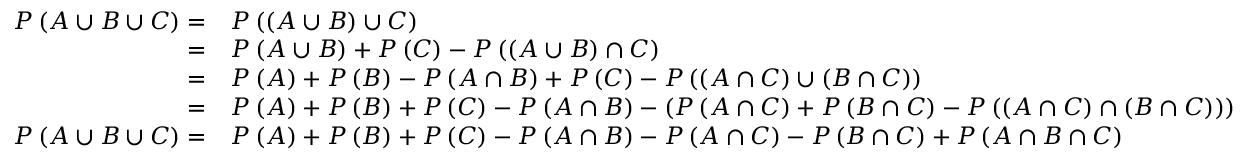
{ \begin{array} { r l } { P \left( A \cup B \cup C \right) = } & { P \left( \left( A \cup B \right) \cup C \right) } \\ { = } & { P \left( A \cup B \right) + P \left( C \right) - P \left( \left( A \cup B \right) \cap C \right) } \\ { = } & { P \left( A \right) + P \left( B \right) - P \left( A \cap B \right) + P \left( C \right) - P \left( \left( A \cap C \right) \cup \left( B \cap C \right) \right) } \\ { = } & { P \left( A \right) + P \left( B \right) + P \left( C \right) - P \left( A \cap B \right) - \left( P \left( A \cap C \right) + P \left( B \cap C \right) - P \left( \left( A \cap C \right) \cap \left( B \cap C \right) \right) \right) } \\ { P \left( A \cup B \cup C \right) = } & { P \left( A \right) + P \left( B \right) + P \left( C \right) - P \left( A \cap B \right) - P \left( A \cap C \right) - P \left( B \cap C \right) + P \left( A \cap B \cap C \right) } \end{array} }